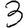
Digit: 3